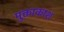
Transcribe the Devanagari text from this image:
मुक्ताकाश